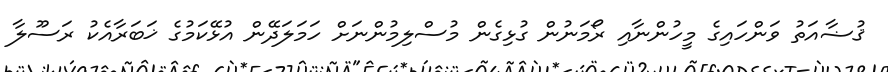
ޤުޟާއަތު ވަންހައިގެ މީހުންނާއި ރޯމަނުން ގުޅިގެން މުސްލިމުންނަށް ހަމަލަދޭން އުޅޭކަމުގެ ޚަބަރާއެކު ރަސޫލާ